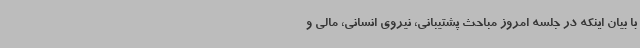
با بیان اینکه در جلسه امروز مباحث پشتیبانی، نیروی انسانی، مالی و